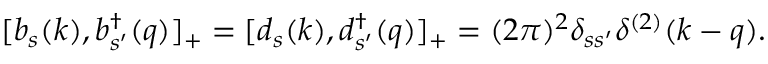
[ b _ { s } ( k ) , b _ { s ^ { \prime } } ^ { \dagger } ( q ) ] _ { + } = [ d _ { s } ( k ) , d _ { s ^ { \prime } } ^ { \dagger } ( q ) ] _ { + } = ( 2 \pi ) ^ { 2 } \delta _ { s s ^ { \prime } } \delta ^ { ( 2 ) } ( k - q ) .